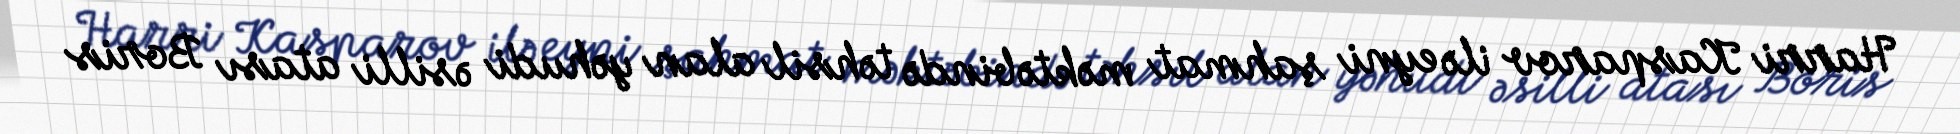
Harri Kasparov ilə eyni şahmat məktəbində təhsil alan yəhudi əsilli atası Boris